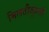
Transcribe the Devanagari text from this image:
मिलतीजुलती